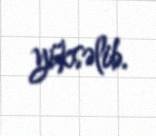
yüksəlib.